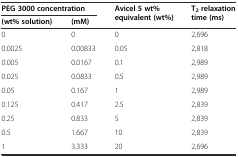
<table><thead><tr><td colspan="2"><b>PEG 3000 concentration</b></td><td rowspan="2"><b>Avicel 5 wt% equivalent (wt%)</b></td><td rowspan="2"><b>T<sub>2</sub>relaxation time (ms)</b></td></tr><tr><td><b>(wt% solution)</b></td><td><b>(mM)</b></td></tr></thead><tbody><tr><td>0</td><td>0</td><td>0</td><td>2,696</td></tr><tr><td>0.0025</td><td>0.00833</td><td>0.05</td><td>2,818</td></tr><tr><td>0.005</td><td>0.0167</td><td>0.1</td><td>2,989</td></tr><tr><td>0.025</td><td>0.0833</td><td>0.5</td><td>2,989</td></tr><tr><td>0.05</td><td>0.167</td><td>1</td><td>2,989</td></tr><tr><td>0.125</td><td>0.417</td><td>2.5</td><td>2,839</td></tr><tr><td>0.25</td><td>0.833</td><td>5</td><td>2,839</td></tr><tr><td>0.5</td><td>1.667</td><td>10</td><td>2,839</td></tr><tr><td>1</td><td>3.333</td><td>20</td><td>2,696</td></tr></tbody></table>